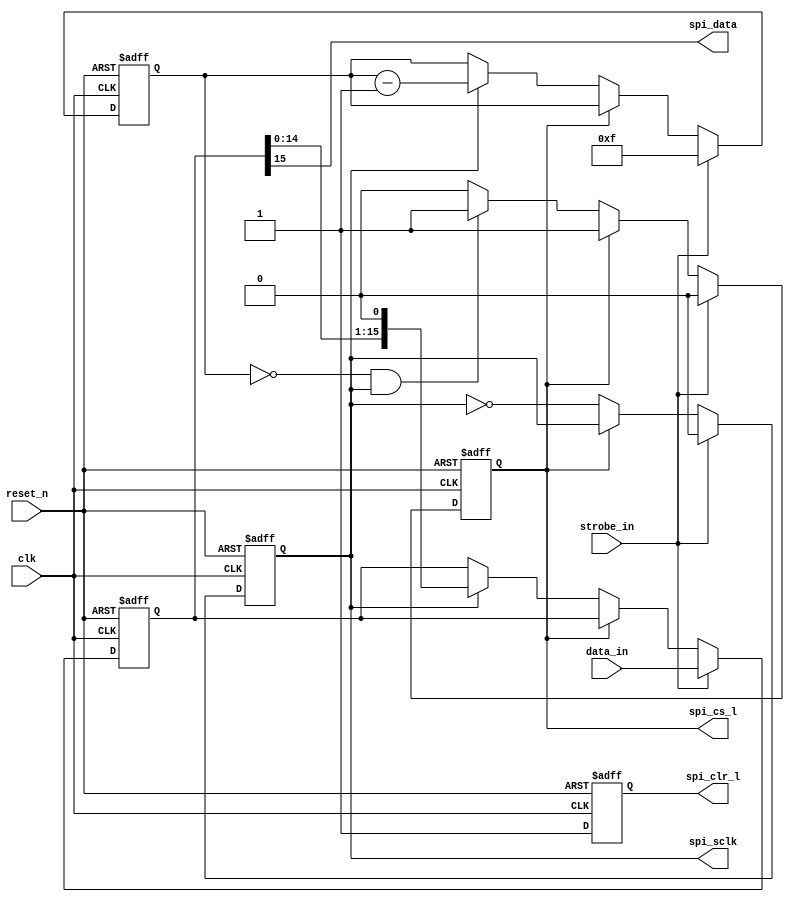
// spi_if.v
//
// Project: Medium Wave (500 kHz - 1700 kHz) Receiver, SDR Demonstration
// Copyright 2012, Zephyr Engineering, Inc., All Rights Reserved
//
// Description: Serially transmits an input value over a SPI interface.
//
// Written by: Steve Kalandros
//
// Revision 0.1 - Aug. 24, 2012  S.K. Initial release.
// -----------------------------------------------------------------------------------------------------

// ---- Module I/O -------------------------------------------------------------------------------------
module spi_if
#(
    parameter DATA_SIZE = 16                   // Number of bits to transmit
) (
    input    wire  clk,                        // System clock
    input    wire  reset_n,                    // Asynchronous system reset
    input    wire  strobe_in,                  // Input data valid strobe
    input    wire  [DATA_SIZE-1:0] data_in,    // Binary input vector
    output   wire  spi_clr_l,                  // Active-low SPI bus clear
    output   wire  spi_cs_l,                   // Active-low chip select
    output   wire  spi_sclk,                   // SPI bus clock
    output   wire  spi_data                    // SPI bus data
);
// -----------------------------------------------------------------------------------------------------


// ---- Function Definitions ---------------------------------------------------------------------------
// Function to calculate ceiling of Log base 2 of a value.
function integer clog_b2;
    input integer value;
    integer tmp;
    begin
        tmp = value - 1;        
        for (clog_b2 = 0; tmp > 0; clog_b2 = clog_b2 + 1) tmp = tmp >> 1;
    end
endfunction
// -----------------------------------------------------------------------------------------------------


// ---- Derived Parameters -----------------------------------------------------------------------------
localparam CNTR_SIZE  = clog_b2(DATA_SIZE);    // Bits in control counter
localparam CNTR_INIT  = DATA_SIZE - 1;         // Initial value for control counter
// -----------------------------------------------------------------------------------------------------


// ---- SPI Interface ----------------------------------------------------------------------------------
reg [DATA_SIZE-1:0] shifter;                   // SPI shift register
reg [CNTR_SIZE-1:0] cntr;                      // Control counter
reg clr_l;                                     // SPI clear (active-low)
reg cs_l;                                      // SPI chip select (active-low)
reg sclk;                                      // SPI clock

// Load the shift register and shift data onto the SPI bus.
always @(posedge clk or negedge reset_n) begin
    if (!reset_n) begin
        shifter    <= {DATA_SIZE{1'b0}};
        cntr       <= {CNTR_SIZE{1'b0}};
        clr_l      <= 1'b0;
        cs_l       <= 1'b1;
        sclk       <= 1'b0;
    end
    else begin
        clr_l      <= 1'b1;

        // When the input strobe indicates new valid input data, initiate the
        // SPI bus transaction by asserting the SPI chip select, forcing the
        // SPI clock low, and loading the shift register and counter.
        if (strobe_in) begin
            shifter <= data_in;
            cntr    <= CNTR_INIT[CNTR_SIZE-1:0];
            cs_l    <= 1'b0;
            sclk    <= 1'b0;
        end

        // Shift data and decrement counter until finished.
        else if (!cs_l) begin
            // Invert the SPI clock every clock (effective rate is half the
            // clock rate).
            sclk    <= ~sclk;

            // Deassert chip select when terminal count has been reached.
            if ((cntr == {CNTR_SIZE{1'b0}}) && sclk) begin
                 cs_l <= 1'b1;
            end

            // Shift data and decrement counter on the falling edge of the SPI
            // clock.
            if (sclk) begin
                 shifter   <= {shifter[DATA_SIZE-2:0],1'b0};
                 cntr      <= cntr - {{(CNTR_SIZE-1){1'b0}},1'b1};
            end
        end
    end
end

// Assign SPI outputs.
assign spi_cs_l  = cs_l;
assign spi_clr_l = clr_l;
assign spi_sclk  = sclk;
assign spi_data  = shifter[DATA_SIZE-1];
// -----------------------------------------------------------------------------------------------------

endmodule